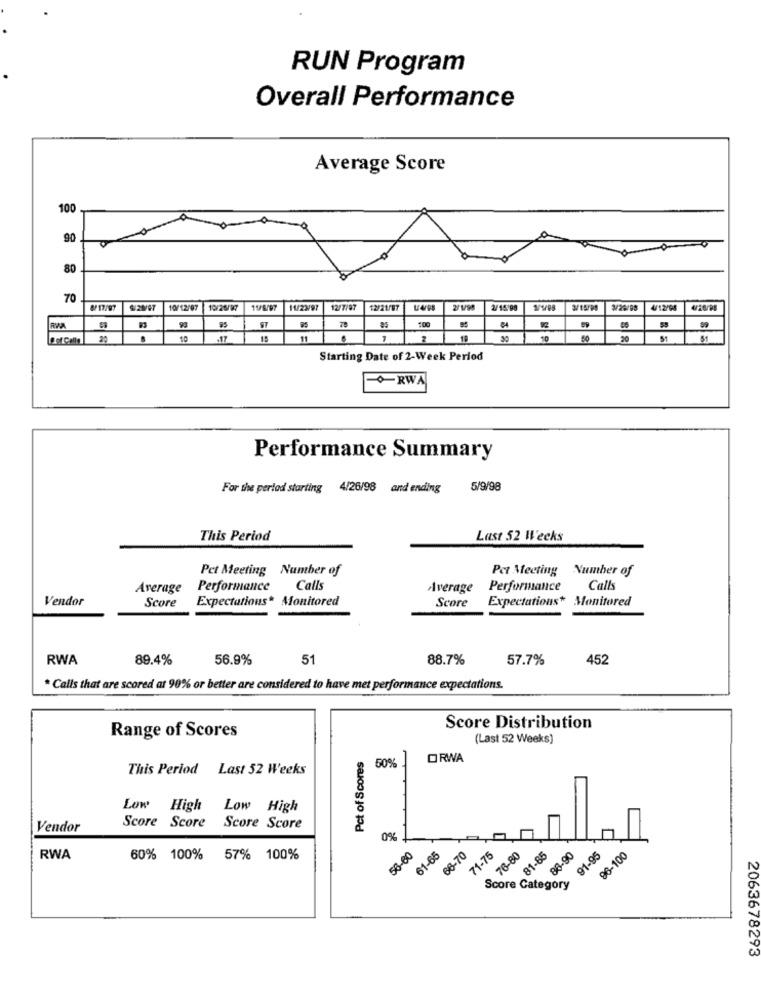
RUN Program
Overall Performance
Average Score
100
-
90
80
70
M/ 17/97
10/12/97
10/25/97
11/23/97
12/7/97
12/21/87
2/1/98
2/14 95
3/ 15/99
V12/95
95
95
100
59
.17
18
10
50
20
5
Starting Date of 2-Week Period
0-RWA
Performance Summary
For the period starting
4/26/98 and ending
5/9/98
This Period
Last 52 Weeks
Pet Meeting Number of
Per Meeting
Number of
Average
Performance
Calls
Average
Performance
Calls
Vendor
Score
Expectations* Monitored
Score
Expectations*
Monitored
RWA
89.4%
56.9%
51
88.7%
57.7%
452
* Calls that are scored at 90% or better are considered to have met performance expectations.
Range of Scores
Score Distribution
(Last 52 Weeks)
Pct of Scores
ORWA
This Period Last 52 Weeks
50%
Low High Low High
Vendor
Score Score Score Score
0%
58-60
61-65
66-70
71-75
76-80
81-85
88-90
91-95
96-100
RWA
60% 100% 57% 100%
Score Category
2063678293